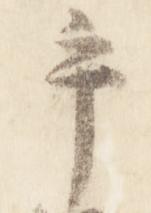
手